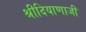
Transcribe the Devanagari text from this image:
श्रीदियाणाजी